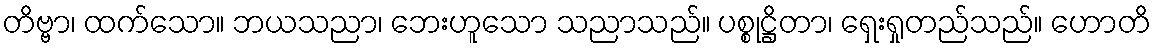
တိဗ္ဗာ၊ ထက်သော။ ဘယသညာ၊ ဘေးဟူသော သညာသည်။ ပစ္စုဋ္ဌိတာ၊ ရှေးရှုတည်သည်။ ဟောတိ